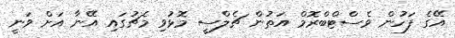
އޭގެ ފަހުން ވެސްޓްބްރޮމް އަތުން ޗެލްސީ މޮޅުވި މެޗުގައި އޭނާ އަށް ވަނީ